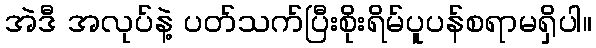
အဲဒီ အလုပ်နဲ့ ပတ်သက်ပြီးစိုးရိမ်ပူပန်စရာမရှိပါ။